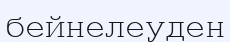
бейнелеуден